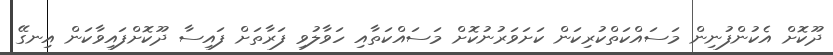
ދޫކޮށް އެކުންފުނިން މަސައްކަތްކުރިކަން ކަށަވަރުނުކޮށް މަސައްކަތާއި ހަވާލުވި ފަރާތަށް ފައިސާ ދޫކޮށްފައިވާކަން އިނގޭ